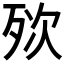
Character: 𣧸